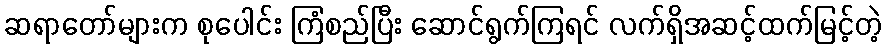
ဆရာတော်များက စုပေါင်း ကြံစည်ပြီး ဆောင်ရွက်ကြရင် လက်ရှိအဆင့်ထက်မြင့်တဲ့